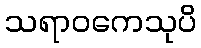
သရာဝကေသုပိ